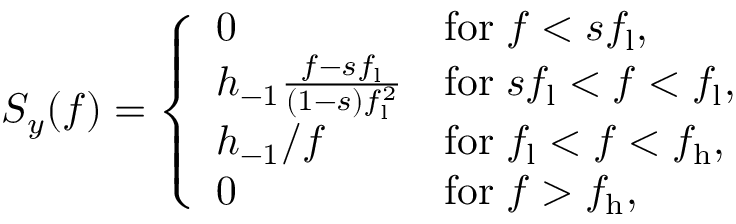
S _ { y } ( f ) = \left\{ \begin{array} { l l } { 0 } & { \mathrm { f o r } \; f < s f _ { \mathrm { l } } , } \\ { h _ { - 1 } \frac { f - s f _ { \mathrm { l } } } { ( 1 - s ) f _ { \mathrm { l } } ^ { 2 } } } & { \mathrm { f o r } \; s f _ { \mathrm { l } } < f < f _ { \mathrm { l } } , } \\ { h _ { - 1 } / f } & { \mathrm { f o r } \; f _ { \mathrm { l } } < f < f _ { \mathrm { h } } , } \\ { 0 } & { \mathrm { f o r } \; f > f _ { \mathrm { h } } , } \end{array} \right.